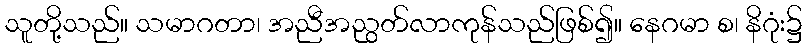
သူတို့သည်။ သမာဂတာ၊ အညီအညွတ်လာကုန်သည်ဖြစ်၍။ နေဂမာ စ၊ နိဂုံး၌